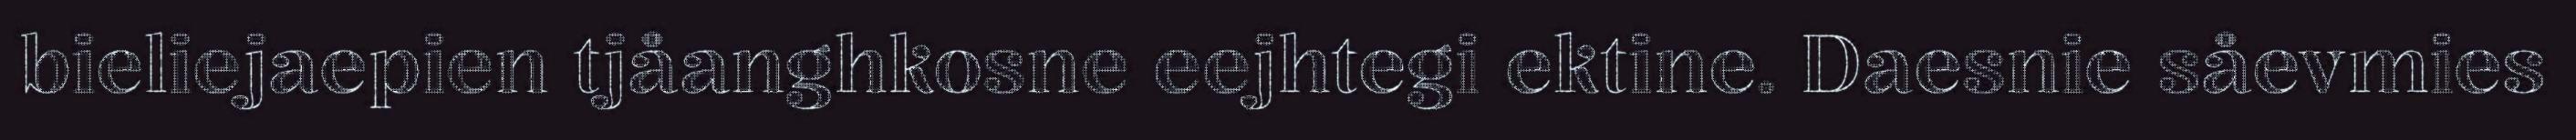
bieliejaepien tjåanghkosne eejhtegi ektine. Daesnie såevmies